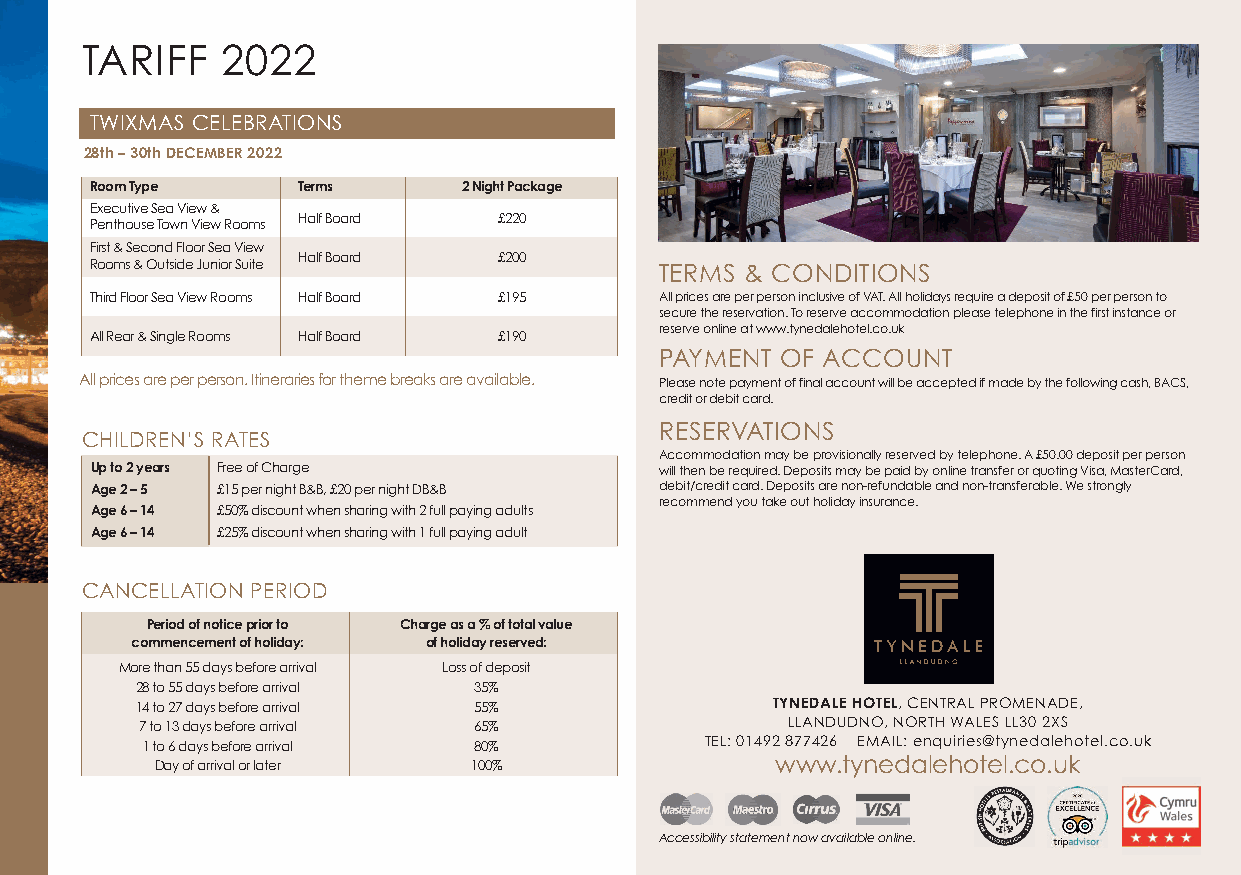
TARIFF    2022
 TWIXMAS CELEBRATIONS
 28th–30thDECEMBER2022
 RoomType      Terms      2NightPackage
 ExecutiveSeaView&
 HalfBoard    £220
 PenthouseTownViewRooms
 First&SecondFloorSeaView
 HalfBoard    £200
 Rooms&OutsideJuniorSuite
 TERMS & CONDITIONS
 T h i r d F lo o r S e a V i e w R o o m s HalfBoard £195 AllpricesareperpersoninclusiveofVAT.Allholidaysrequireadepositof£50perpersonto
 securethereservation.Toreserveaccommodationpleasetelephoneinthefirstinstanceor
 reserveonlineatwww.tynedalehotel.co.uk
 AllRear&SingleRooms HalfBoard £190
 PAYMENT OF ACCOUNT
 Allpricesareperperson.Itinerariesforthemebreaksareavailable. Pleasenotepaymentoffinalaccountwillbeacceptedifmadebythefollowingcash,BACS,
 creditordebitcard.
 RESERVATIONS
 CHILDREN’S RATES
 Accommodationmaybeprovisionallyreservedbytelephone.A£50.00depositperperson
 Upto2years FreeofCharge               willthenberequired.DepositsmaybepaidbyonlinetransferorquotingVisa,MasterCard,
 Age2–5  £15pernightB&B,£20pernightDB&B debit/creditcard.Depositsarenon-refundableandnon-transferable.Westrongly
 recommendyoutakeoutholidayinsurance.
 Age6–14 £50%discountwhensharingwith2fullpayingadults
 Age6–14 £25%discountwhensharingwith1fullpayingadult
 CANCELLATION PERIOD
 Periodofnoticepriorto Chargeasa%oftotalvalue
 commencementofholiday: ofholidayreserved:
 Morethan55daysbeforearrival Lossofdeposit
 28to55daysbeforearrival 35%
 14to27daysbeforearrival 55%               TYNEDALEHOTEL,CENTRALPROMENADE,
 7to13daysbeforearrival 65%                 LLANDUDNO,NORTHWALESLL302XS
 1to6daysbeforearrival 80%             TEL:01492877426 EMAIL:enquiries@tynedalehotel.co.uk
 Dayofarrivalorlater  100%                www.tynedalehotel.co.uk
 Accessibilitystatementnowavailableonline.